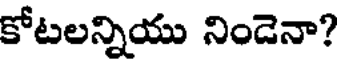
కోటలన్నియు నిండెనా?